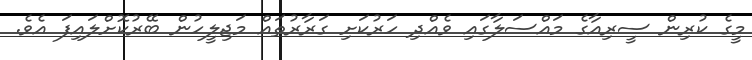
މީގެ ކުރިން ސީރިއާގެ މައްސަލާގައި ވެއްދި ހަރުކަށި ގަރާރުތައް މަޖިލީހުން ބޭރުކޮށްލައިފަ އެވެ.